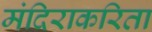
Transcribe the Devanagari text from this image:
मंदिराकरिता